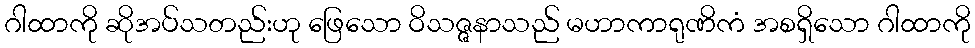
ဂါထာကို ဆိုအပ်သတည်းဟု ဖြေသော ဝိသဇ္ဇနာသည် မဟာကာရုဏိကံ အစရှိသော ဂါထာကို